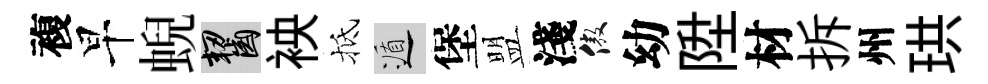
複早蜺齧䘧抵遁堡盟淺傲幼陞材拆州珙